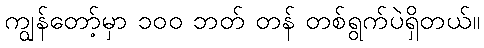
ကျွန်တော့်မှာ ၁၀၀ ဘတ် တန် တစ်ရွက်ပဲရှိတယ်။